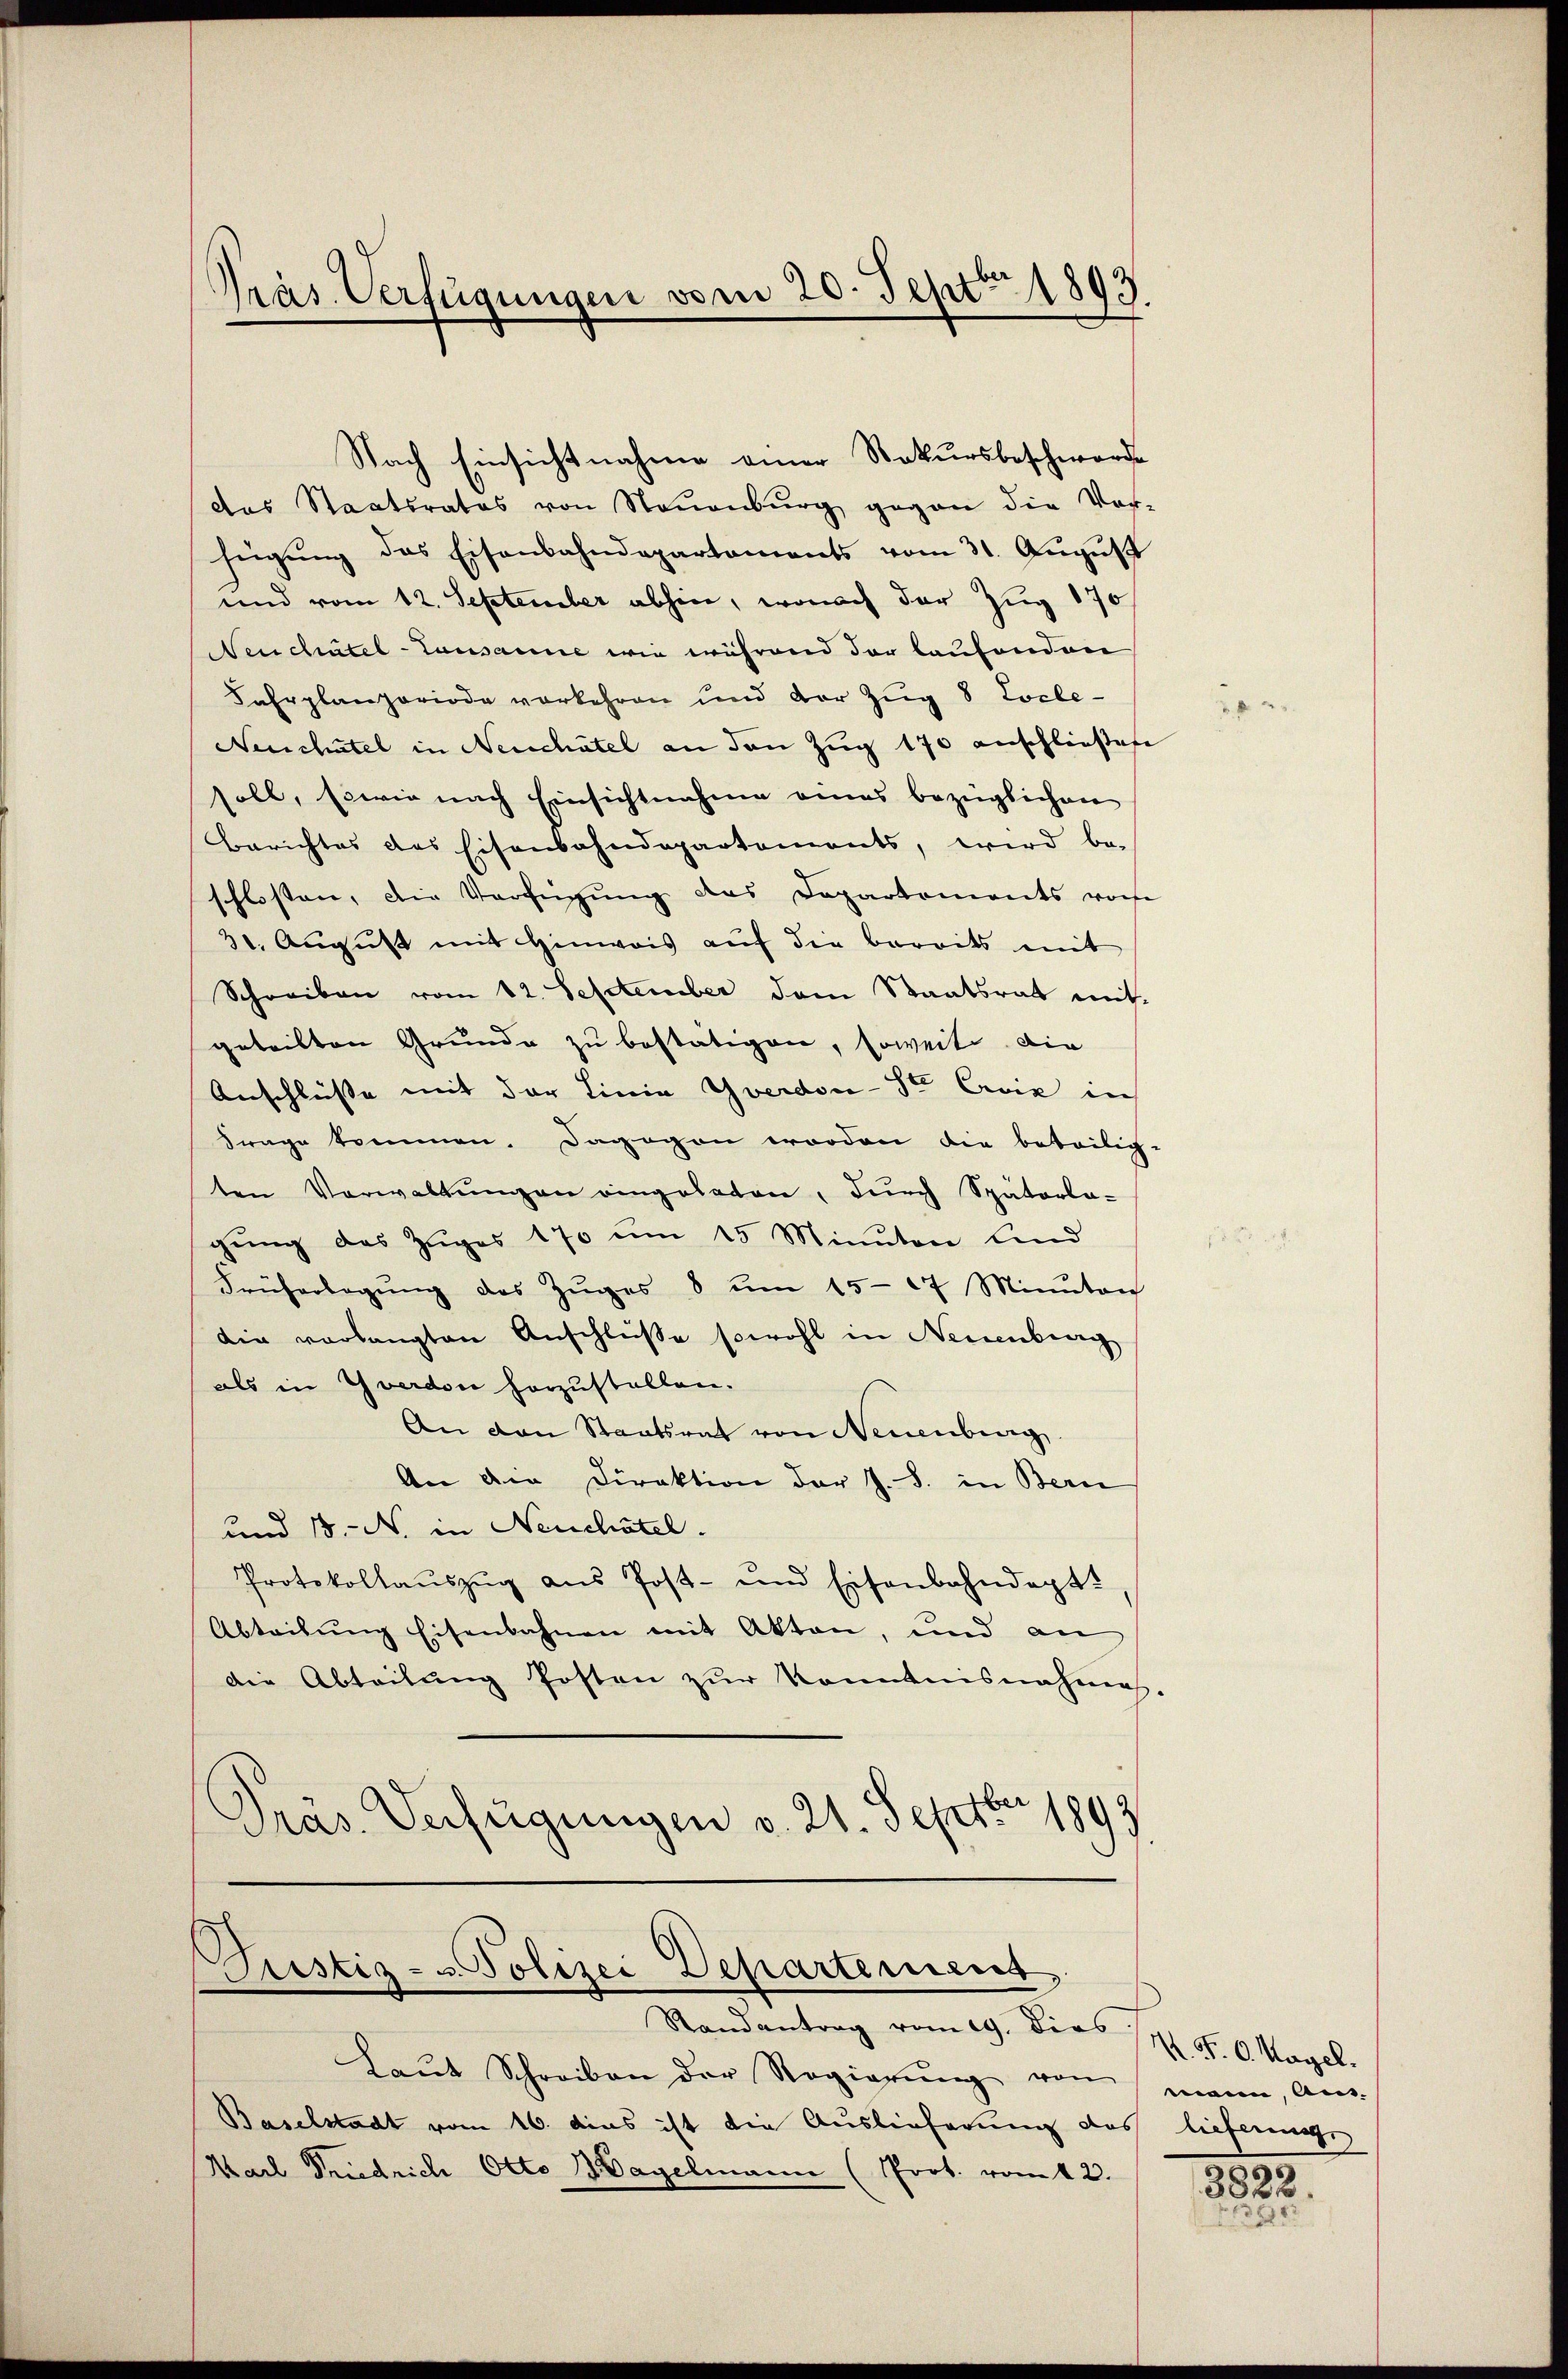
Nach Einsichtnahme einer Rekursbeschwerde
das Staatsrates von Neuenburg gegen die Ver-
fügŭng des Eisenbahndepartaments vom 31. Aŭgŭst
und vom 12. September abhin, wonach der Zug 170
Neuchatel-Lausanne wie während der laufenden
Fahrplanperiode verkehren und der Zug 8 Locle-
Neuchatel in Neuchâtel an den Zug 170 anschließene
soll, sowie nach Einsichtnahme eines bezüglichen
Berichtes des Eisenbahndepartements, wird be-
schlossen, die Verfügung des Departements von
30. August mit Hinweis auf die bereits mit
Schreiben vom 12. September dem Staatsrat mit
geteilten Grunde zu bestätigen, soweite. Die
Anschlüsse mit der Linia Yverdon-Se Criz in
Frage kommen. Dagegen worden die beteilig-
ten Verwaltungen eingeladen, durch Späterla-
gung des Zuges 170 um 15 Minuten lind
Früherlegŭng des Zŭges 8 ŭm 15-27 Minutaich
die vorlangten Anschlüße sowohl in Neuenburg
als in Yverdon horzustellen.
An den Staatsrat von Neuenburg
An die Direktion der J. S. in Bern
und 18. N. in Neuchâtel.
Protokollaŭszŭg ans Post- und Eisenbahndept.
Abteilŭng Eisenbahnen mit Akten, und an
die Abteilŭng Posten zŭr Konntnisnahmes.
Präs. Verfügungen v. 21. Septbr 1893

Präs. Verfügungen vom 20. Sept. 1893.

Justiz- & Polizei Departement
Randantrag vom 29. Dies 17. d. 6. Magel.

Laŭt Schreiben der Regierŭng von mann, Aus-
Baselstadt vom 16. dies ist die Auslieferung des lieferner
Karl Friedrich Otto Hagelmann (Prot. vom 12.

n

3822.